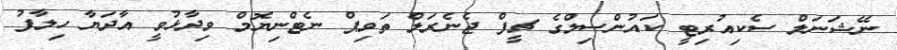
ނޭޝަނަލް ސެކިއުރިޓީ ކައުންސިލްގެ ޗީފް ޖެނެރަލް ތަވިޕް ނެޓްނިޔޮމް ވިދާޅުވީ އާދަޔާ ހިލާފު